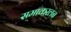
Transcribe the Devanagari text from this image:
समाकरलन